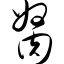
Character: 胬